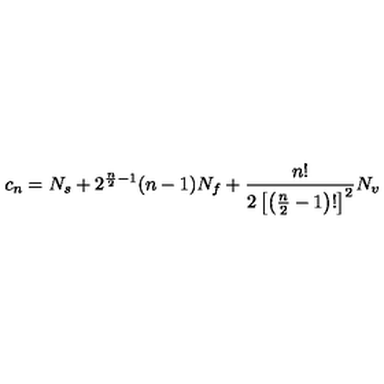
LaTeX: c _ { n } = N _ { s } + 2 ^ { { \frac { n } { 2 } } - 1 } ( n - 1 ) N _ { f } + { \frac { n ! } { 2 \left[ \left( { \frac { n } { 2 } } - 1 \right) ! \right] ^ { 2 } } } N _ { v }